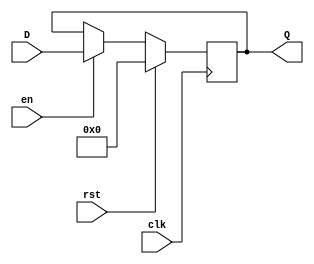
module Register_synch_reset_load(input [3:0] D,
                                 input clk,
                                 input rst,
                                 input en,
                                 output reg [3:0] Q);
always @(posedge clk)
  if (rst)
    begin         // 
      Q <= 4'b0;
    end
  else if (en)
    begin
      Q <= D;
    end
  else
    begin
      Q <= Q;
    end

endmodule